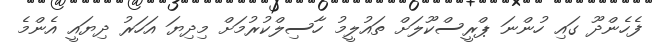
ފެހެންދޫ ގައި ހުންނަ ޕްރީސްކޫލަށް ތައުލީމު ހާސިލްކުރުމަށް މިދިޔަ އަހަރު ދިޔައީ އެންމެ